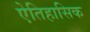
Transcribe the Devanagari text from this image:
ऐतिहासिक